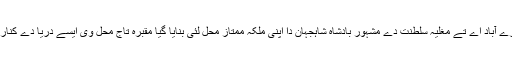
آگرہ دا مشہور شہر وی دریائے جمنا دے کنارے آباد اے تے مغلیہ سلطنت دے مشہور بادشاہ شاہجہان دا اپنی ملکہ ممتاز محل لئی بنایا گیا مقبرہ تاج محل وی ایسے دریا دے کنارے اے ، جہڑا دنیا دے عجوبیاں چوں اک اے ۔